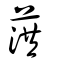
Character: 葓